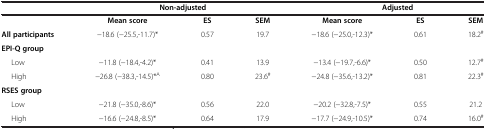
<table><thead><tr><td><b> </b></td><td colspan="3"><b>Non-adjusted</b></td><td colspan="3"><b>Adjusted</b></td></tr></thead><tbody><tr><td> </td><td><b>Mean score</b></td><td><b>ES</b></td><td><b>SEM</b></td><td><b>Mean score</b></td><td><b>ES</b></td><td><b>SEM</b></td></tr><tr><td><b>All participants</b></td><td>-18.6 (-25.5,-11.7)*</td><td>0.57</td><td>19.7</td><td>-18.6 (-25.0,-12.3)*</td><td>0.61</td><td>18.2<sup>#</sup></td></tr><tr><td><b>EPI-Q group</b></td><td> </td><td> </td><td> </td><td> </td><td> </td><td> </td></tr><tr><td>Low</td><td>-11.8 (-18.4,-4.2)*</td><td>0.41</td><td>13.9</td><td>-13.4 (-19.7,-6.6)*</td><td>0.50</td><td>12.7<sup>#</sup></td></tr><tr><td>High</td><td>-26.8 (-38.3,-14.5)*<sup>A</sup></td><td>0.80</td><td>23.6<sup>#</sup></td><td>-24.8 (-35.6,-13.2)*</td><td>0.81</td><td>22.3<sup>#</sup></td></tr><tr><td><b>RSES group</b></td><td> </td><td> </td><td> </td><td> </td><td> </td><td> </td></tr><tr><td>Low</td><td>-21.8 (-35.0,-8.6)*</td><td>0.56</td><td>22.0</td><td>-20.2 (-32.8,-7.5)*</td><td>0.55</td><td>21.2</td></tr><tr><td>High</td><td>-16.6 (-24.8,-8.5)*</td><td>0.64</td><td>17.9</td><td>-17.7 (-24.9,-10.5)*</td><td>0.74</td><td>16.0<sup>#</sup></td></tr></tbody></table>